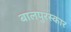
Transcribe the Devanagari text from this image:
बालपुरस्कार